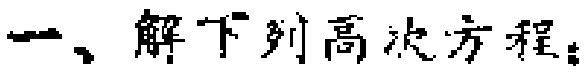
一、解下列高次方程：